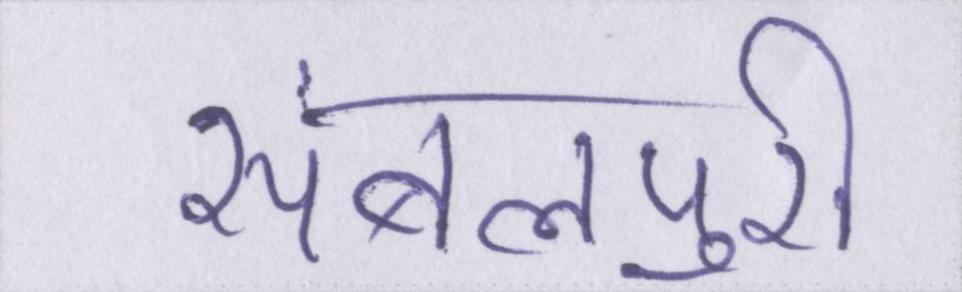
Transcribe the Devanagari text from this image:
संबलपुरी